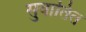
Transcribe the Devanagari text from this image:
सुवातित